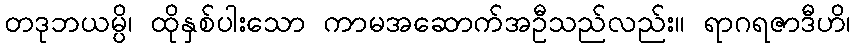
တဒုဘယမ္ပိ၊ ထိုနှစ်ပါးသော ကာမအဆောက်အဦသည်လည်း။ ရာဂရဇာဒီဟိ၊